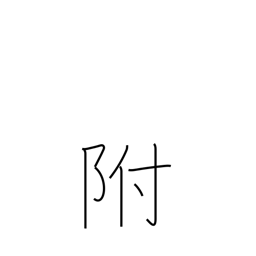
Meaning: affixed